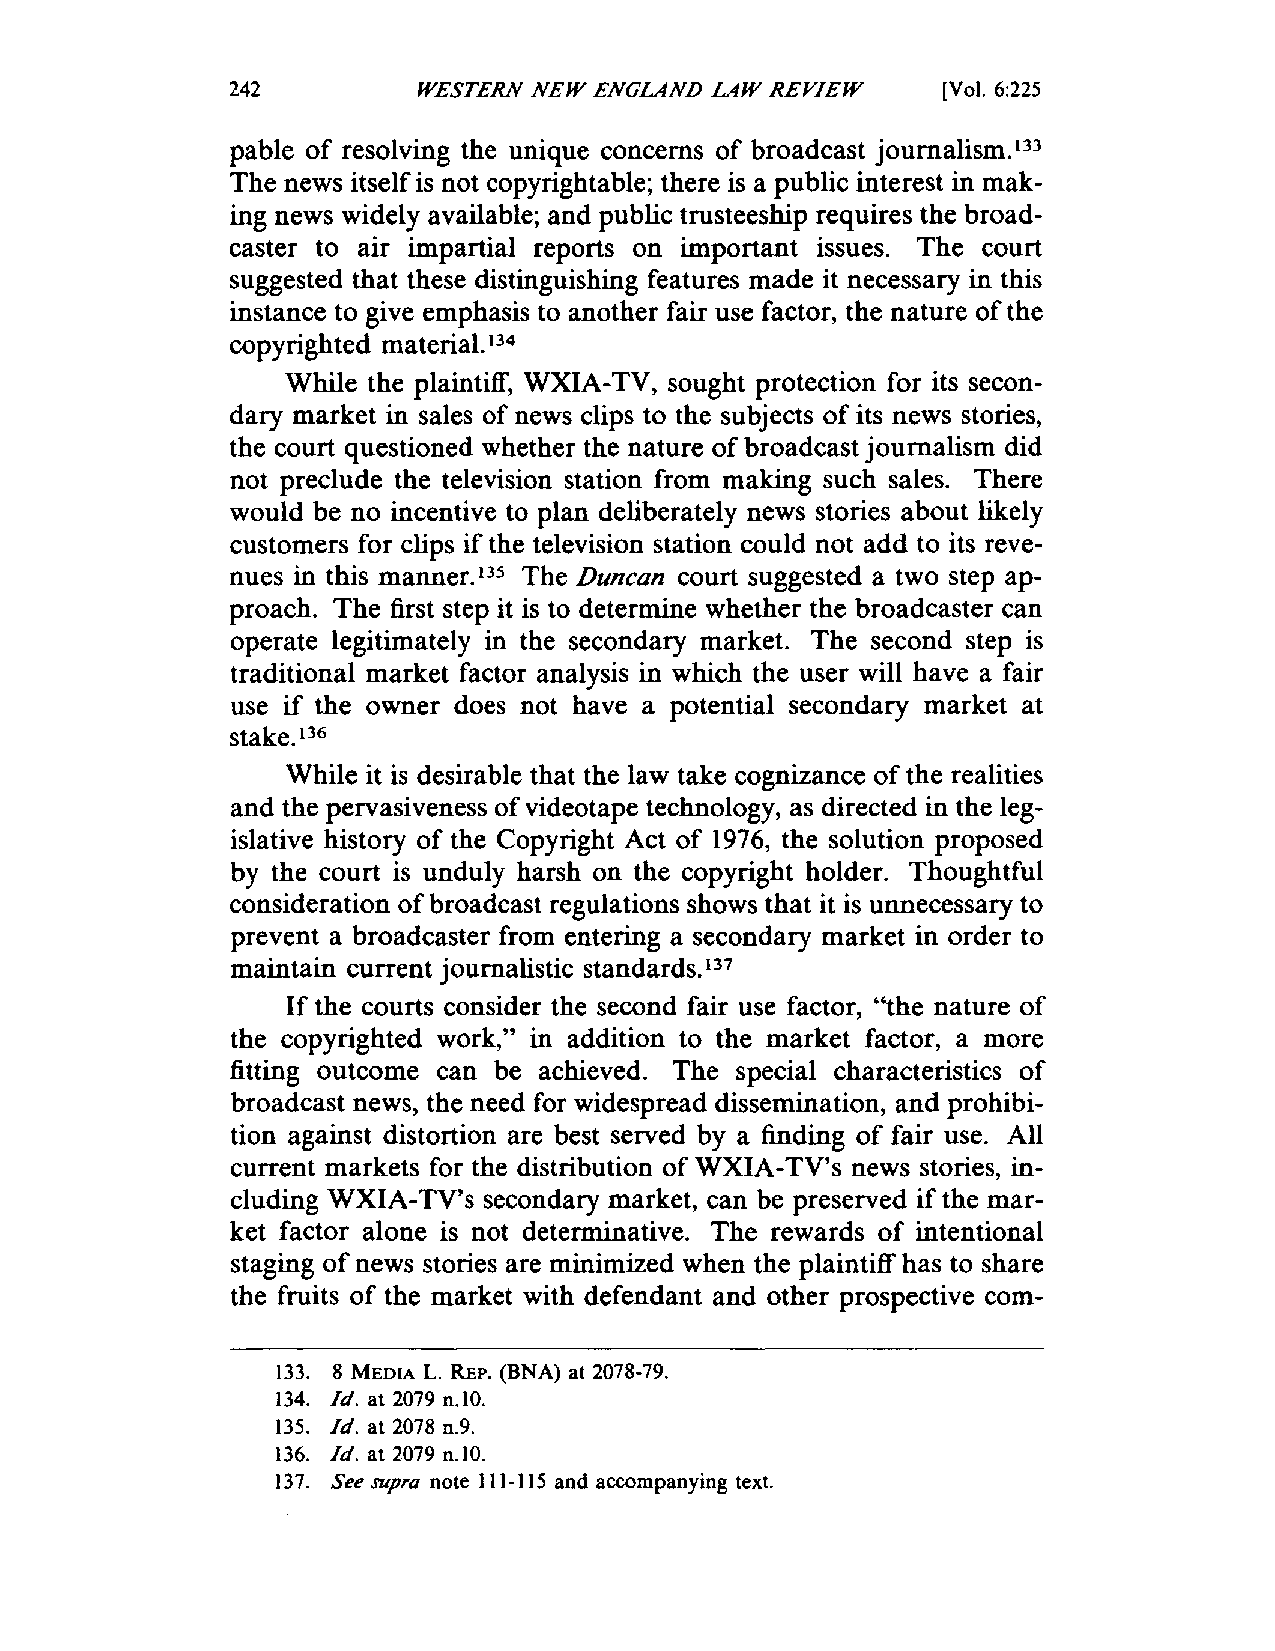
242          WESTERN NEW ENGLAND LAW REVIEW    [Vol. 6:225
 pable of resolving the unique concerns of broadcast journalism.
 \33
 The news itself is not copyrightable; there is a public interest in mak­
 ing news widely available; and public trusteeship requires the broad­
 caster to air impartial reports on important issues. The court
 suggested that these distinguishing features made it necessary in this
 instance to give emphasis to another fair use factor, the nature of the
 copyrighted material.
 134
 While the plaintiff, WXIA-TV, sought protection for its secon­
 dary market in sales of news clips to the subjects of its news stories,
 the court questioned whether the nature of broadcast journalism did
 not preclude the television station from making such sales. There
 would be no incentive to plan deliberately news stories about likely
 customers for clips if the television station could not add to its reve­
 nues in this manner.135 The Duncan court suggested a two step ap­
 proach. The first step it is to determine whether the broadcaster can
 operate legitimately in the secondary market. The second step is
 traditional market factor analysis in which the user will have a fair
 use if the owner does not have a potential secondary market at
 stake.
 136
 While it is desirable that the law take cognizance of the realities
 and the pervasiveness of videotape technology, as directed in the leg­
 islative history of the Copyright Act of 1976, the solution proposed
 by the court is unduly harsh on the copyright holder. Thoughtful
 consideration of broadcast regulations shows that it is unnecessary to
 prevent a broadcaster from entering a secondary market in order to
 maintain current journalistic standards. 137
 If the courts consider the second fair use factor, "the nature of
 the copyrighted work," in addition to the market factor, a more
 fitting outcome can be achieved. The special characteristics of
 broadcast news, the need for widespread dissemination, and prohibi­
 tion against distortion are best served by a finding of fair use. All
 current markets for the distribution of WXIA-TV's news stories, in­
 cluding WXIA-TV's secondary market, can be preserved if the mar­
 ket factor alone is not determinative. The rewards of intentional
 staging of news stories are minimized when the plaintiff has to share
 the fruits of the market with defendant and other prospective com­
 133. 8 MEDIA L. REP. (BNA) at 2078-79.
 134. Id. at 2079 n.lO.
 135. Id. at 2078 n.9.
 136. Id. at 2079 n.lO.
 137. See supra note 111-115 and accompanying text.